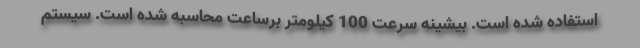
استفاده شده است. بیشینه سرعت 100 کیلومتر برساعت محاسبه شده است. سیستم